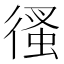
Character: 𢔳